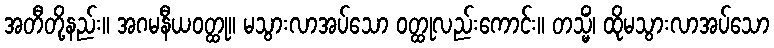
အတီတို့နည်း။ အဂမနီယဝတ္ထု။ မသွားလာအပ်သော ဝတ္ထုလည်းကောင်း။ တသ္မိံ၊ ထိုမသွားလာအပ်သော